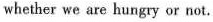
whether we are hungry or not.